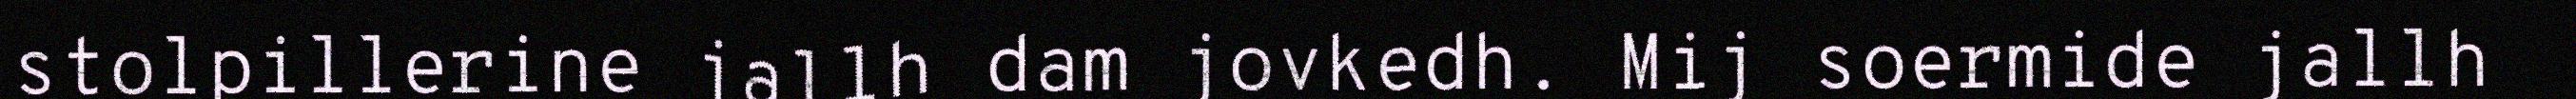
stolpillerine jallh dam jovkedh. Mij soermide jallh